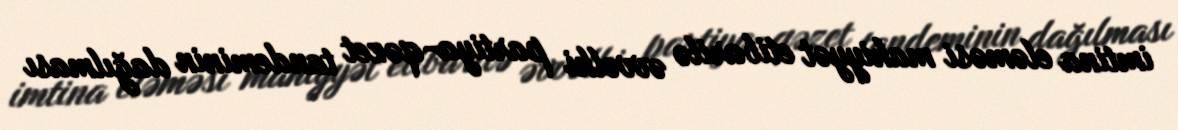
imtina eləməsi mahiyyət etibarilə əvvəlki partiya-qəzet tandeminin dağılması